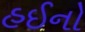
હઈનો